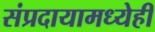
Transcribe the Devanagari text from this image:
संप्रदायामध्येही